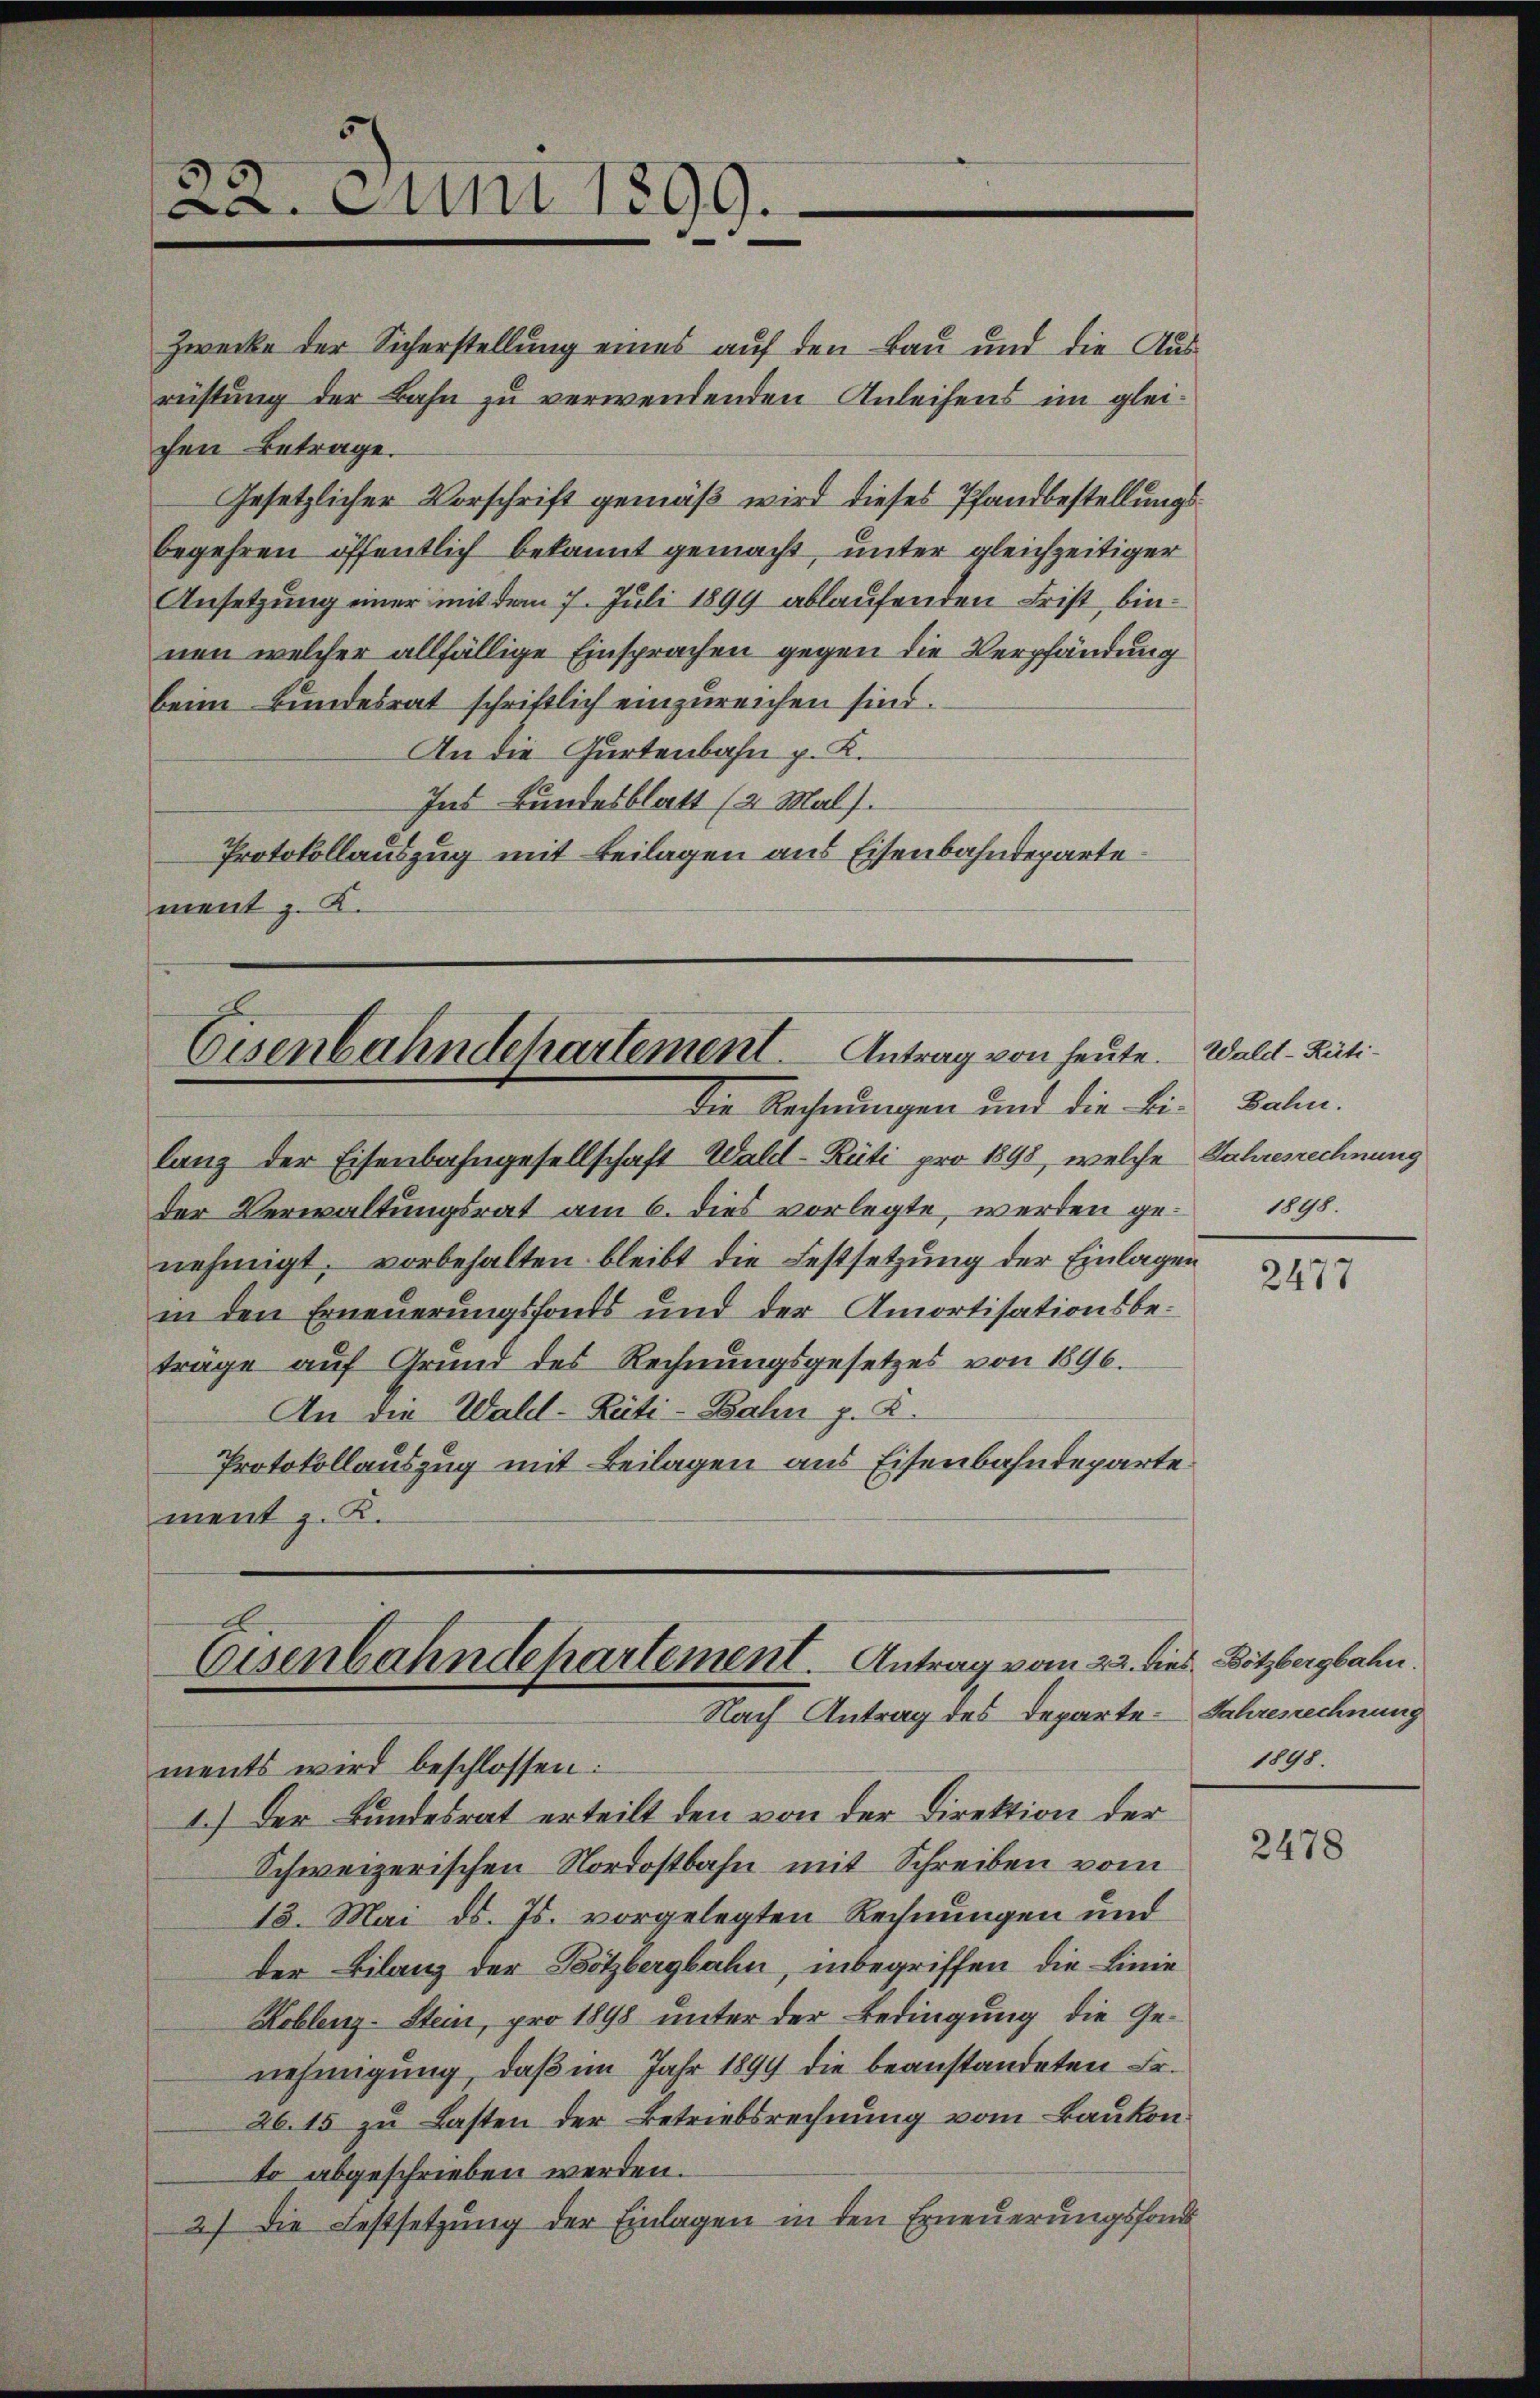
beim Bundesrat schriftlich einzureichen sind.
An die Gartenbahn p. K.
Ins Bundesblatt (2 Mal.
Protokollauszug mit Beilagen aus Eisenbahndepartement z. K.

22. Juni 1899.

Zwecke der Sicherstellung eines auf den Bau und die Aus-
rüstung der Bahn zu verwendenden Anleihens im gleichen Betrage.
Gesetzlicher Vorschrift gemäß wird dieses Pfandbestellungsbegehren öffentlich bekannt gemacht, unter gleichzeitiger
Ansetzung einer mit dem 7. Juli 1899 ablaufenden Frist, binnen welcher allfällige Einsprachen gegen die Verpfändung

Eisenbahndehartement. Antrag von heute. Wald–Rüti¬
Die Rechnungen und die bis Bahn.

lang der Eisenbahngesellschaft Wald–Rüti pro 1898, welche Jahresrechnung
der Verwaltungsrat am 6. dies vorlegte, werden ge- 1898.
nehmigt, vorbehalten bleibt die Festsetzung der Einlagen
in den Erneuerungsfonds und der Amortisationsbeträge auf Grund des Rechnungsgesetzes von 1896.
An die Wald-Rüti-Bahn p. 2.
Protokollauszug mit Beilagen aus Eisenbahndeparte.
ment z. K.

Eisenbahndepartement. Antrag vom 22. dies. Bötzbergbahn.
Nach Antrag des Departe. Jahresrechnung

ments wird beschlossen:
1.) Der Bundesrat erteilt den von der Direktion der
Schweizerischen Nordostbahn mit Schreiben vom
13. Mai d. Js. vorgelegten Rechnungen und
der Bilanz der Bötzbergbahn, inbegriffen, die Linie
Koblenz-Stein, pro 1898 unter der Bedingung die Genehmigung, daß im Jahr 1899 die beanstandeten Fr.
26.15 zu Lasten der Betriebsrechnung vom Baukonto abgeschrieben werden.
2) die Festsetzung der Einlagen in den Erneuerungsfond

2477

1848.

2478